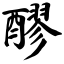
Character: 醪